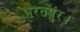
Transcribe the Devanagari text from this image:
भरतपुर।